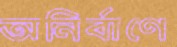
অনির্বাণে